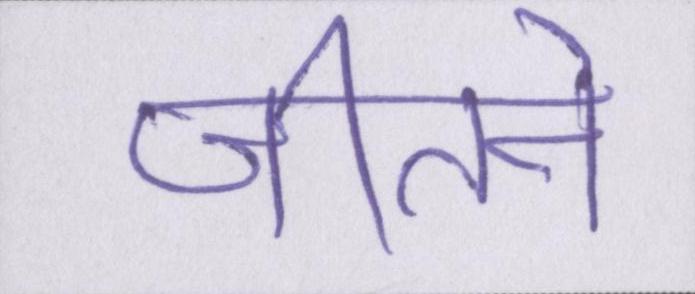
जीतने